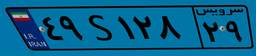
۷۶S۴۴۲۹۰